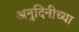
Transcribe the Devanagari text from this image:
अनुदिनीच्या